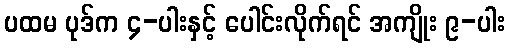
ပထမ ပုဒ်က ၄-ပါးနှင့် ပေါင်းလိုက်ရင် အကျိုး ၉-ပါး